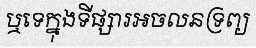
ឬទេក្នុងទីផ្សារអចលនទ្រព្យ